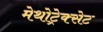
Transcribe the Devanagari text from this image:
मेथोट्रेक्सेट